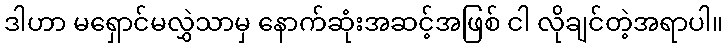
ဒါဟာ မရှောင်မလွှဲသာမှ နောက်ဆုံးအဆင့်အဖြစ် ငါ လိုချင်တဲ့အရာပါ။